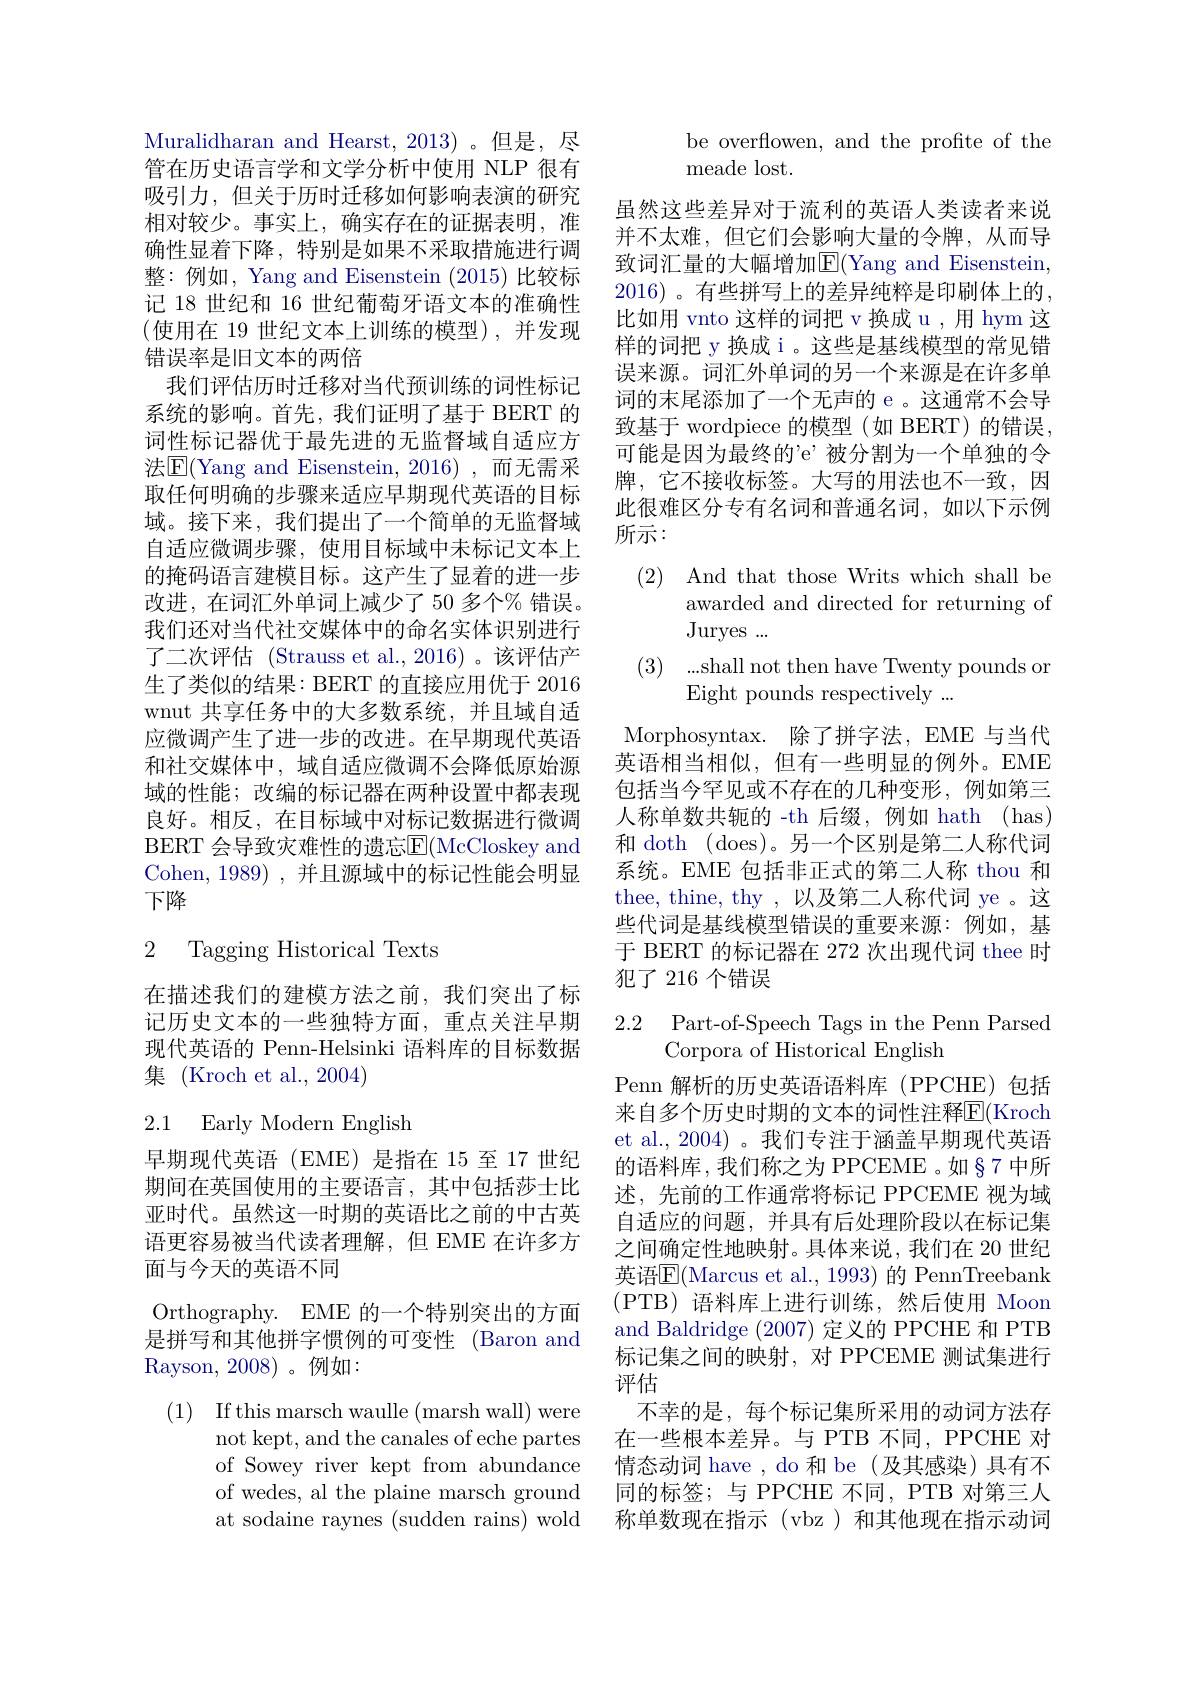
Muralidharan and Hearst, 2013)。但是，尽管在历史语言学和文学分析中使用 NLP 很有吸引力，但关于历时迁移如何影响表演的研究相对较少。事实上，确实存在的证据表明，准确性显着下降，特别是如果不采取措施进行调整：例如，Yang and Eisenstein (2015)比较标记 18 世纪和 16 世纪葡萄牙语文本的准确性(使用在 19 世纪文本上训练的模型),并发现错误率是旧文本的两倍
我们评估历时迁移对当代预训练的词性标记系统的影响。首先，我们证明了基于 BERT 的词性标记器优于最先进的无监督域自适应方法$\overline{\mathrm{E}}($Yang and Eisenstein,2016),而无需采取任何明确的步骤来适应早期现代英语的目标域。接下来，我们提出了一个简单的无监督域自适应微调步骤，使用目标域中未标记文本上的掩码语言建模目标。这产生了显着的进一步改进，在词汇外单词上减少了 50 多个% 错误。我们还对当代社交媒体中的命名实体识别进行了二次评估 (Strauss et al.,2016)。该评估产生了类似的结果：BERT 的直接应用优于 2016 wnut 共享任务中的大多数系统，并且域自适应微调产生了进一步的改进。在早期现代英语和社交媒体中，域自适应微调不会降低原始源域的性能；改编的标记器在两种设置中都表现良好。相反，在目标域中对标记数据进行微调BERT 会导致灾难性的遗忘$\overline{\mathrm{F}}($McCloskey and Cohen, 1989) ,并且源域中的标记性能会明显下降

## 2 Tagging Historical Texts

在描述我们的建模方法之前，我们突出了标记历史文本的一些独特方面，重点关注早期现代英语的 Penn-Helsinki 语料库的目标数据集 (Kroch et al., 2004)

2.1 Early Modern English

早期现代英语(EME)是指在 15至 17 世纪期间在英国使用的主要语言，其中包括莎士比亚时代。虽然这一时期的英语比之前的中古英语更容易被当代读者理解，但 EME 在许多方面与今天的英语不同

Orthography. EME 的一个特别突出的方面是拼写和其他拼字惯例的可变性 (Baron and Rayson, 2008)。例如：

(1) If this marsch waulle (marsh wall) were
not kept, and the canales of eche partes of Sowey river kept from abundance of wedes, al the plaine marsch ground at sodaine raynes (sudden rains) wold

be overflowen, and the profite of the
meade lost.

虽然这些差异对于流利的英语人类读者来说并不太难，但它们会影响大量的令牌，从而导致词汇量的大幅增加E(Yang and Eisenstein, 2016)。有些拼写上的差异纯粹是印刷体上的， 比如用 vnto 这样的词把 v 换成 u , 用 hym 这样的词把 y 换成 i 。这些是基线模型的常见错误来源。词汇外单词的另一个来源是在许多单词的末尾添加了一个无声的 e 。这通常不会导致基于 wordpiece 的模型(如 BERT)的错误， 可能是因为最终的'e’被分割为一个单独的令牌，它不接收标签。大写的用法也不一致，因此很难区分专有名词和普通名词，如以下示例所示：

(2) And that those Writs which shall be

awarded and directed for returning of

Juryes ...

(3) ...shall not then have Twenty pounds or

Eight pounds respectively ...

Morphosyntax. 除了拼字法，EME 与当代英语相当相似，但有一些明显的例外。EME 包括当今罕见或不存在的几种变形，例如第三人称单数共轭的 -th 后缀，例如 hath (has) 和 doth (does)。另一个区别是第二人称代词系统。EME 包括非正式的第二人称 thou 和thee, thine, thy ,以及第二人称代词 ye 。这些代词是基线模型错误的重要来源：例如，基于 BERT 的标记器在 272 次出现代词 thee 时犯了 216 个错误

2.2 Part-of-Speech Tags in the Penn Parsed
Corpora of Historical English

Penn 解析的历史英语语料库(PPCHE)包括来自多个历史时期的文本的词性注释$\overline{\mathrm{E}}($Kroch et al., 2004)。我们专注于涵盖早期现代英语的语料库，我们称之为 PPCEME 。如§7 中所述，先前的工作通常将标记 PPCEME 视为域自适应的问题，并具有后处理阶段以在标记集之间确定性地映射。具体来说，我们在 20 世纪英语$\overline{\mathrm{E}}($Marcus et al., 1993) 的 PennTreebank (PTB)语料库上进行训练，然后使用 Moon and Baldridge (2007)定义的 PPCHE 和 PTB 标记集之间的映射，对 PPCEME 测试集进行评估
不幸的是，每个标记集所采用的动词方法存在一些根本差异。与 PTB 不同，PPCHE 对情态动词 have , do 和 be (及其感染) 具有不同的标签；与 PPCHE 不同，PTB 对第三人称单数现在指示(vbz)和其他现在指示动词